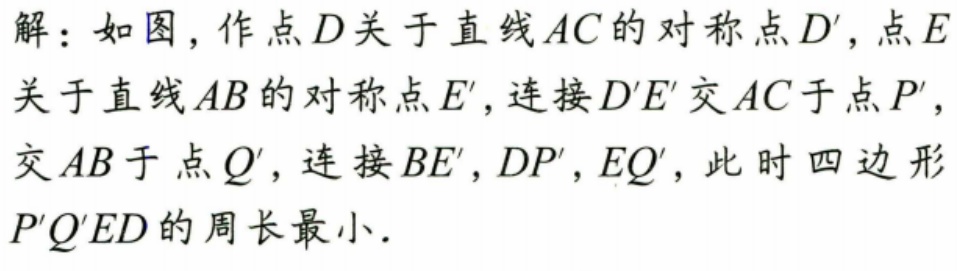
解：如图，作点\(D\)关于直线\(AC\)的对称点\(D'\)，点\(E\)关于直线\(AB\)的对称点\(E'\)，连接\(D'E'\)交\(AC\)于点\(P'\)，交\(AB\)于点\(Q'\)，连接\(BE'\)，\(DP'\)，\(EQ'\)，此时四边形\(P'Q'ED\)的周长最小．